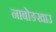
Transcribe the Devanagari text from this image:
नाबोङखाउ